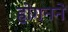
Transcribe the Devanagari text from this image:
होगनने